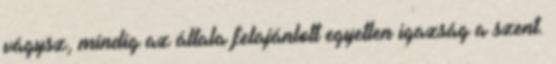
vágysz, mindig az általa felajánlott egyetlen igazság a szent.